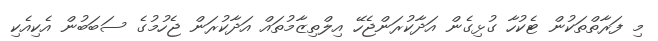
މި ފަރާތްތަކުން ޓެކުހާ ގުޅިގެން އަދާކުރަންޖެހޭ އިލްތިޒާމުތައް އަދާކުރަން ޖެހުމުގެ ސަބަބުން އެކިއެކި